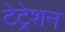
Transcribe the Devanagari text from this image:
टेट्रेशन